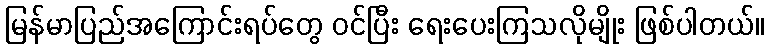
မြန်မာပြည်အကြောင်းရပ်တွေ ဝင်ပြီး ရေးပေးကြသလိုမျိုး ဖြစ်ပါတယ်။